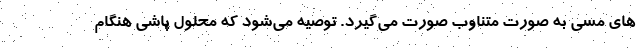
های مسی به صورت متناوب صورت می‌گیرد. توصیه می‌شود که محلول پاشی هنگام